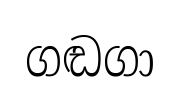
ගඬගා